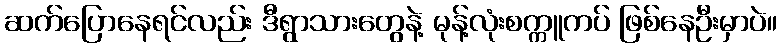
ဆက်ပြောနေရင်လည်း ဒီရွာသားတွေနဲ့ မုန့်လုံးစက္ကူကပ် ဖြစ်နေဦးမှာပဲ။